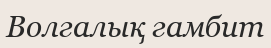
Волгалық гамбит